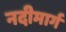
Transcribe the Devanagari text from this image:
नदीमार्ग